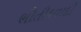
ભૌતીકવાદી